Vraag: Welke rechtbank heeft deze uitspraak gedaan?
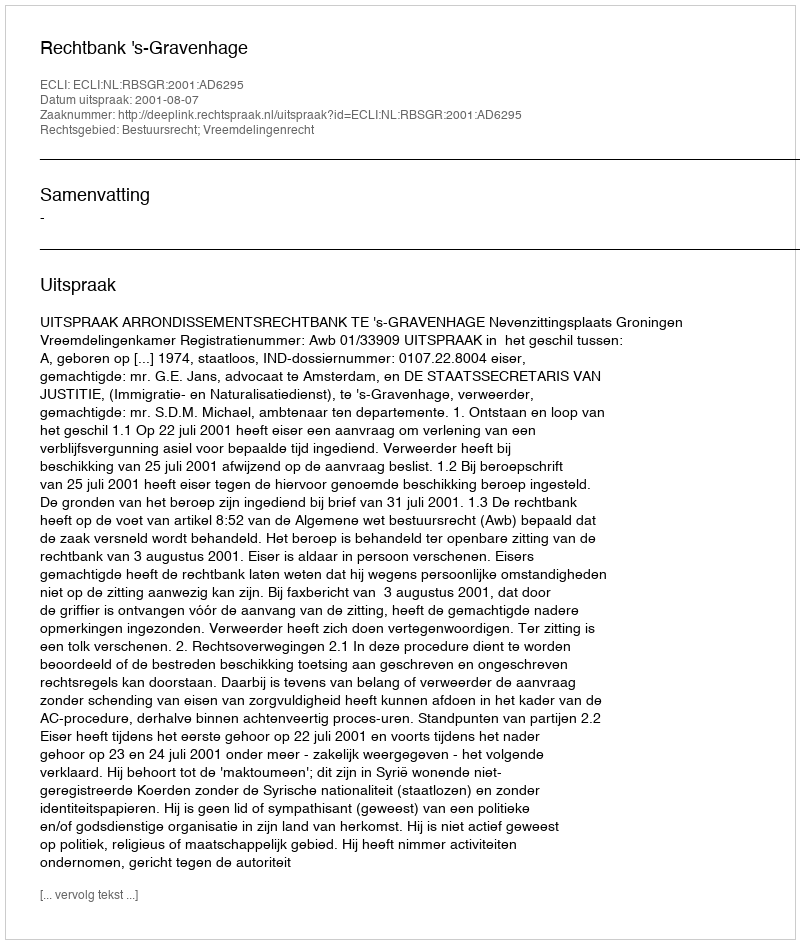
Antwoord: Rechtbank 's-Gravenhage